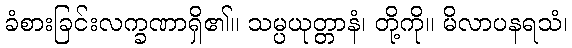
ခံစားခြင်းလက္ခဏာရှိ၏။ သမ္ပယုတ္တာနံ၊ တို့ကို။ မိလာပနရသံ၊